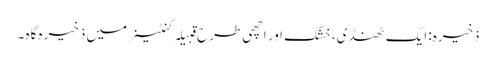
ذخیرہ: ایک ٹھنڈی، خشک اور اچھی طرح قبِیلہ کنٹینر میں ذخیرہ گاہ ۔